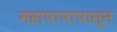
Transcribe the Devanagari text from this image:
महापापापासून